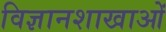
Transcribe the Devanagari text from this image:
विज्ञानशाखाओं